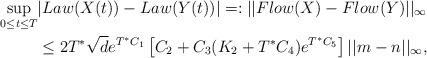
LaTeX: \begin{align*}\sup_{0\leq t\leq T} &|Law (X(t)) - Law (Y(t))| =: ||Flow(X) - Flow(Y)||_{\infty} \\&\leq 2 T^\ast\sqrt{d} e^{T^\ast C_1} \left[C_2 + C_3 (K_2 +T^\ast C_4) e^{T^\ast C_5}\right]||m-n||_{\infty},\end{align*}